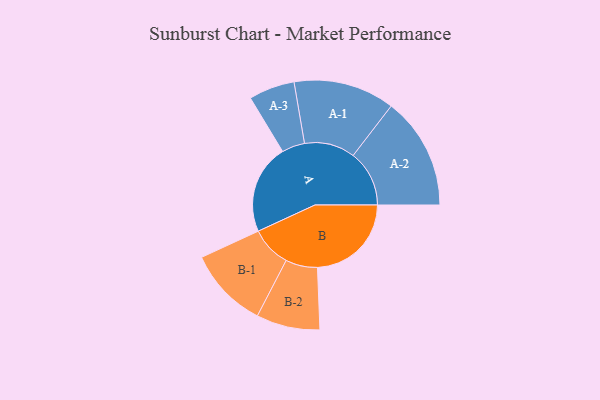
{"axis": {"x": "Segment", "y": "Value"}, "legend": ["", "A", "B"], "data": [{"x": "A", "y": 405, "type": ""}, {"x": "B", "y": 425, "type": ""}, {"x": "A-1", "y": 229, "type": "A"}, {"x": "A-2", "y": 254, "type": "A"}, {"x": "A-3", "y": 104, "type": "A"}, {"x": "B-1", "y": 183, "type": "B"}, {"x": "B-2", "y": 144, "type": "B"}]}